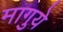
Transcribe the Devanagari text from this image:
मागुये